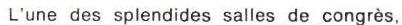
L'une des splendides salles de congrès,